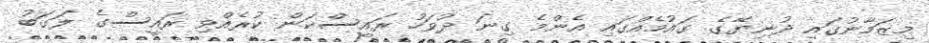
މިޒަމާނުގައި ދުނިޔޭގެ ގައުމެއްގައި އެންމެ ގިނަ ދުވަހު ރައީސްކަން ކުރެއްވި ރައީސްގެ ލަގަބު